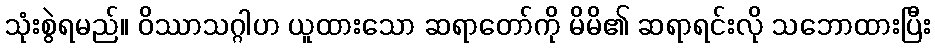
သုံးစွဲရမည်။ ဝိဿာသဂ္ဂါဟ ယူထားသော ဆရာတော်ကို မိမိ၏ ဆရာရင်းလို သဘောထားပြီး